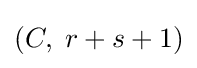
{\textstyle (C,\;r+s+1)}